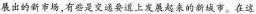
展出的新市场，有些是交通要道上发展起来的新城市。在这